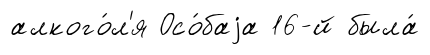
алкого́л'я Осо́баjа 16-й была́